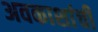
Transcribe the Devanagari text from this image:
अवकाशांची